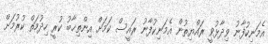
އެމަނިކުފާނު ވިދާޅުވީ ރައްޔިތުން އެމަނިކުފާނު ރައީސް ކަމަށް އިންތިޚާބު ކުރީ ހިދުމަތް ކުރުމަށް